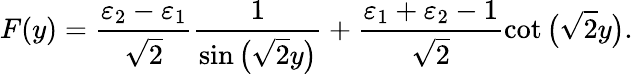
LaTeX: F(y)=\frac{\varepsilon_{2}-\varepsilon_{1}}{\sqrt{2}}\frac{1}{\sin\big(\sqrt{2}y\big)}+\frac{\varepsilon_{1}+\varepsilon_{2}-1}{\sqrt{2}}\cot\big(\sqrt{2}y\big).